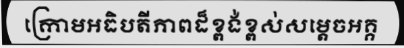
ក្រោមអធិបតីភាពដ៏ខ្ពង់ខ្ពស់សម្តេចអគ្គ